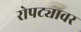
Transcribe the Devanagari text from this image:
रोपट्यावर